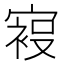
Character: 𰍙